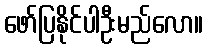
ဖော်ပြနိုင်ပါဦးမည်လော။